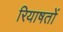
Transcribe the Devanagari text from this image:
रियाषतों